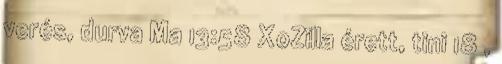
verés, durva Ma 13:58 XoZilla érett, tini 18 ,